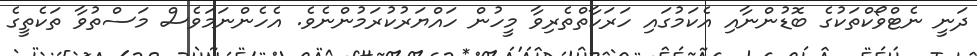
ދަނީ ނެޓްވޯކްތަކުގެ ބޮޑުންނާއި އެކަމުގައި ހަރަކާތްތެރިވާ މީހުން ހައްޔަރުކުރަމުންނެވެ. އެހެންނަމަވެސް މަސްތުވާ ތަކެތީގެ